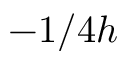
- 1 / 4 h